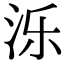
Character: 泺